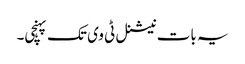
یہ بات نیشنل ٹی وی تک پہنچی۔